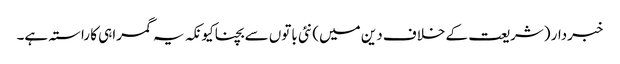
خبردار (شریعت کے خلاف دین میں) نئی باتوں سے بچنا کیونکہ یہ گمراہی کا راستہ ہے۔